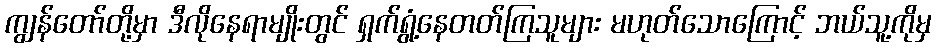
ကျွန်တော်တို့မှာ ဒီလိုနေရာမျိုးတွင် ရှက်ရွံ့နေတတ်ကြသူများ မဟုတ်သောကြောင့် ဘယ်သူ့ကိုမှ